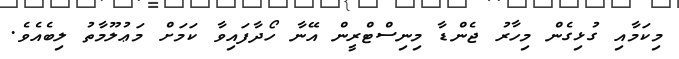
މިކަމާއި ގުޅިގެން މިހާރު ޖެންޑާ މިނިސްޓްރީން އޭނާ ހޯދާފައިވާ ކަމަށް މަޢުލޫމާތު ލިބެއެވެ.